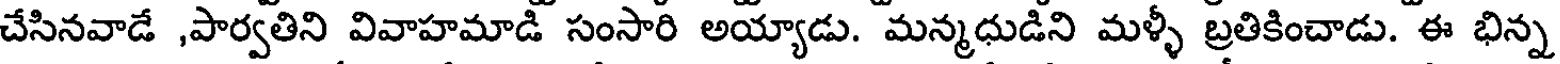
చేసినవాడే ,పార్వతిని వివాహమాడి సంసారి అయ్యాడు. మన్మధుడిని మళ్ళీ బ్రతికించాడు. ఈ భిన్న